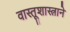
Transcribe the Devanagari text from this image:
वास्तूशास्त्राने